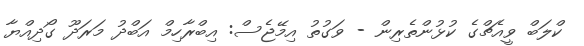
ކްލަބް ވީއެޗްގެ ކުޅުންތެރިން - ވަގުތު އިމޭޖެސް: އިބްރާހިމް އަބްދު މަރަދޫ ގޯދިއްޔާ